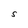
Character: S